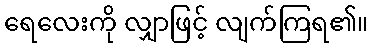
ရေလေးကို လျှာဖြင့် လျက်ကြရ၏။